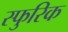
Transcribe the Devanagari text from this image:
स्फुरिक